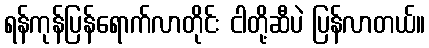
ရန်ကုန်ပြန်ရောက်လာတိုင်း ငါတို့ဆီပဲ ပြန်လာတယ်။